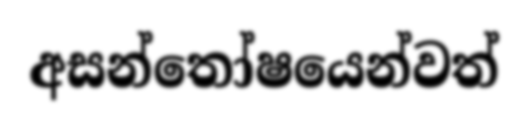
අසන්තෝෂයෙන්වත්